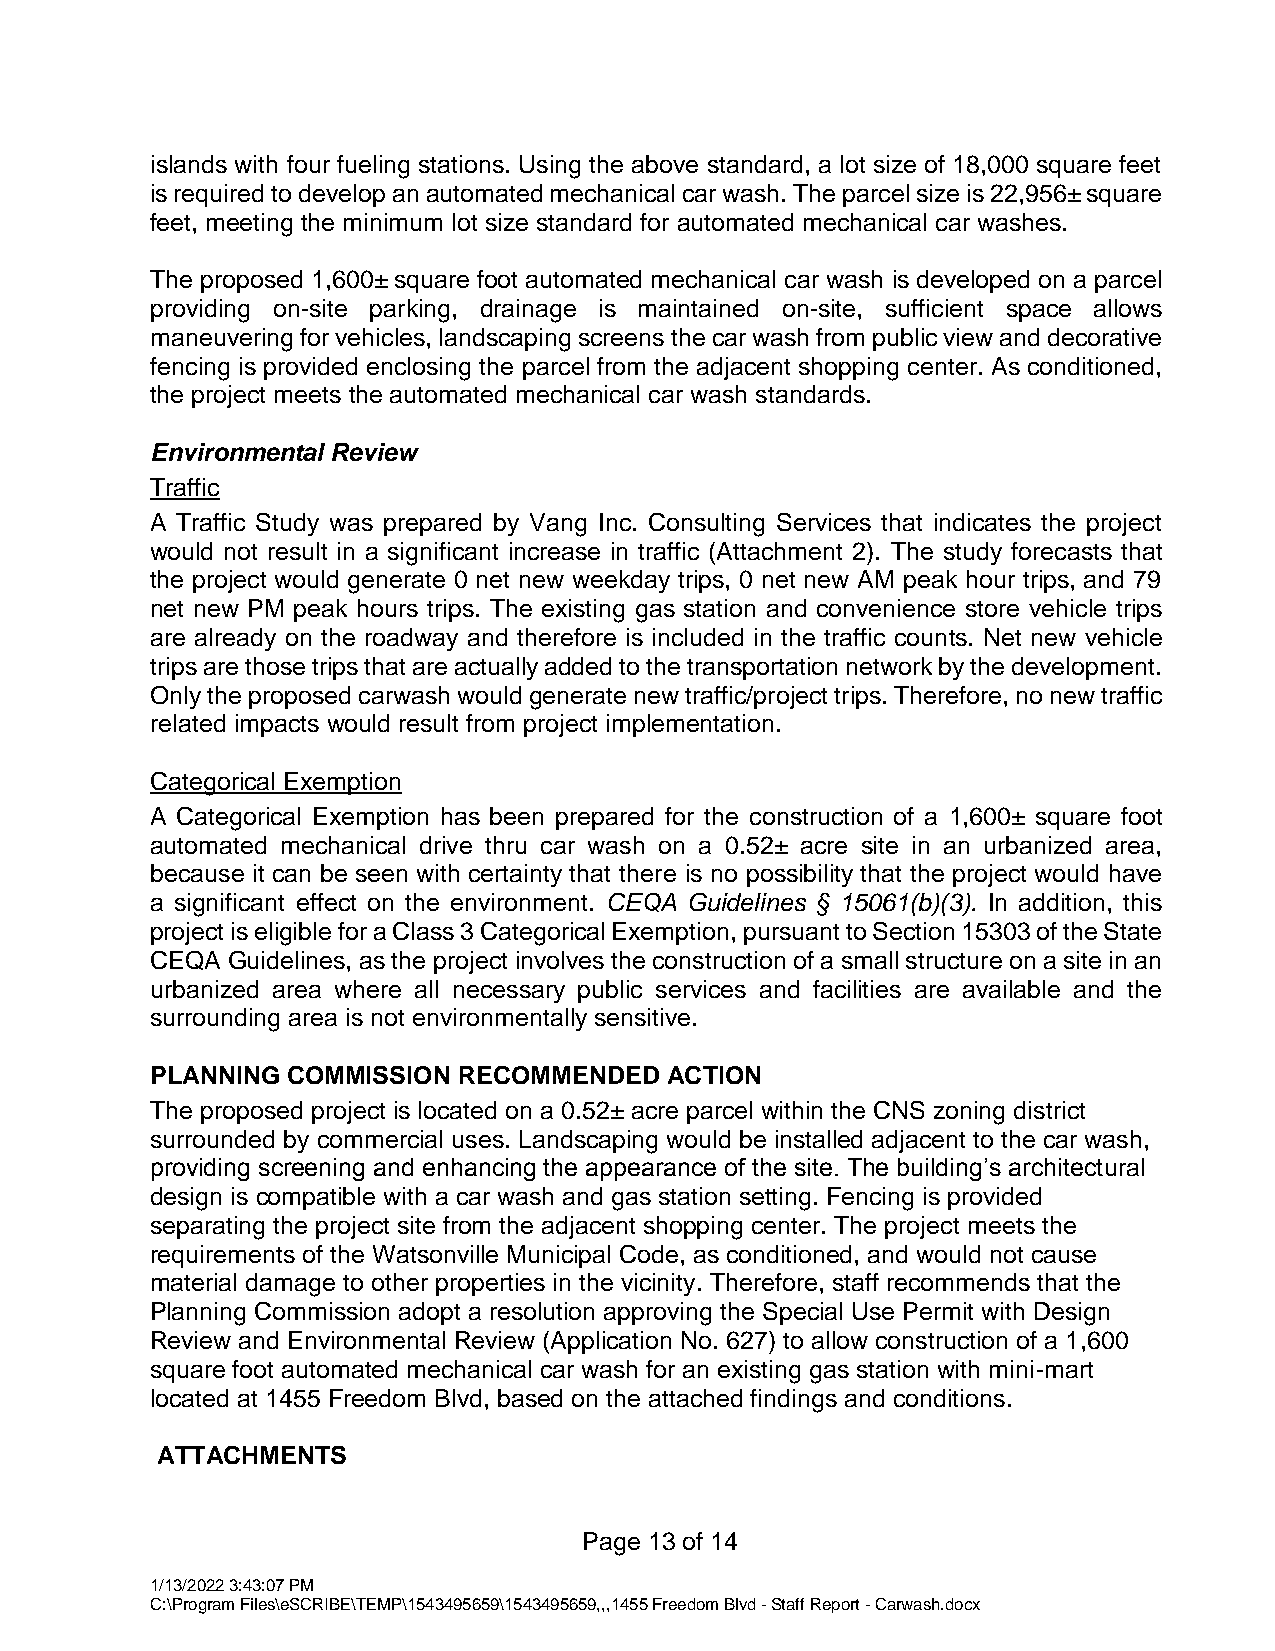
islands with four fueling stations. Using the above standard, a lot size of 18,000 square feet
 is required to develop an automated mechanical car wash. The parcel size is 22,956± square
 feet, meeting the minimum lot size standard for automated mechanical car washes.
 The proposed 1,600± square foot automated mechanical car wash is developed on a parcel
 providing on-site parking, drainage is maintained on-site, sufficient space allows
 maneuvering for vehicles, landscaping screens the car wash from public view and decorative
 fencing is provided enclosing the parcel from the adjacent shopping center. As conditioned,
 the project meets the automated mechanical car wash standards.
 Environmental Review
 Traffic
 A Traffic Study was prepared by Vang Inc. Consulting Services that indicates the project
 would not result in a significant increase in traffic (Attachment 2). The study forecasts that
 the project would generate 0 net new weekday trips, 0 net new AM peak hour trips, and 79
 net new PM peak hours trips. The existing gas station and convenience store vehicle trips
 are already on the roadway and therefore is included in the traffic counts. Net new vehicle
 trips are those trips that are actually added to the transportation network by the development.
 Only the proposed carwash would generate new traffic/project trips. Therefore, no new traffic
 related impacts would result from project implementation.
 Categorical Exemption
 A Categorical Exemption has been prepared for the construction of a 1,600± square foot
 automated mechanical drive thru car wash on a 0.52± acre site in an urbanized area,
 because it can be seen with certainty that there is no possibility that the project would have
 a significant effect on the environment. CEQA Guidelines § 15061(b)(3). In addition, this
 project is eligible for a Class 3 Categorical Exemption, pursuant to Section 15303 of the State
 CEQA Guidelines, as the project involves the construction of a small structure on a site in an
 urbanized area where all necessary public services and facilities are available and the
 surrounding area is not environmentally sensitive.
 PLANNING COMMISSION RECOMMENDED   ACTION
 The proposed project is located on a 0.52± acre parcel within the CNS zoning district
 surrounded by commercial uses. Landscaping would be installed adjacent to the car wash,
 providing screening and enhancing the appearance of the site. The building’s architectural
 design is compatible with a car wash and gas station setting. Fencing is provided
 separating the project site from the adjacent shopping center. The project meets the
 requirements of the Watsonville Municipal Code, as conditioned, and would not cause
 material damage to other properties in the vicinity. Therefore, staff recommends that the
 Planning Commission adopt a resolution approving the Special Use Permit with Design
 Review and Environmental Review (Application No. 627) to allow construction of a 1,600
 square foot automated mechanical car wash for an existing gas station with mini-mart
 located at 1455 Freedom Blvd, based on the attached findings and conditions.
 ATTACHMENTS
 Page 13 of 14
 1/13/2022 3:43:07 PM
 C:\Program Files\eSCRIBE\TEMP\1543495659\1543495659,,,1455 Freedom Blvd - Staff Report - Carwash.docx